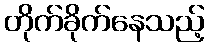
တိုက်ခိုက်နေသည့်